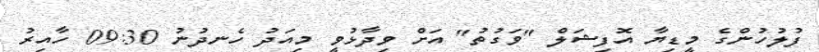
ފުލުހުންގެ މީޑިޔާ އޮފިޝަލް "ވަގުތު" އަށް ވިދާޅުވީ މިއަދު ހެނދުނު 09:30 ހާއިރު